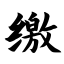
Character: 缴